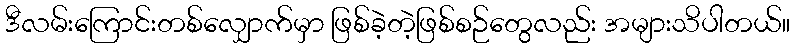
ဒီလမ်းကြောင်းတစ်လျှောက်မှာ ဖြစ်ခဲ့တဲ့ဖြစ်စဉ်တွေလည်း အများသိပါတယ်။